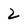
Character: 2